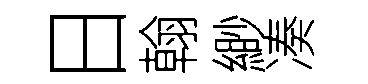
日翰緲凑